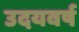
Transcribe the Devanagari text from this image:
उदयवर्ष